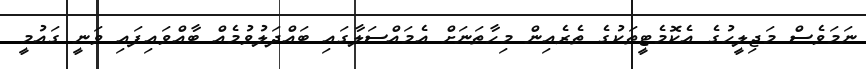
ނަމަވެސް މަޖިލީހުގެ އެކޮމެޓީތަކުގެ ތެރެއިން މިހާތަނަށް އެމައްސަލާގައި ބައްދަލުވުމެއް ބާއްވައިފައި ވަނީ ގައުމީ